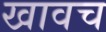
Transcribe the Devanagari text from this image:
खावच